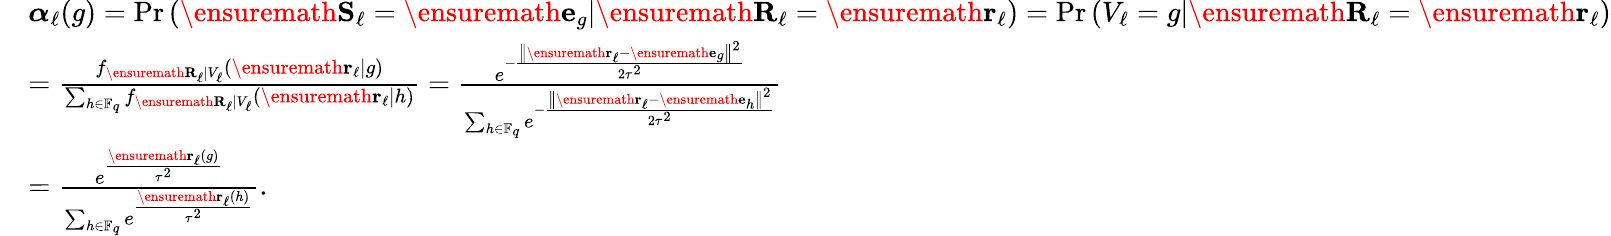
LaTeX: \begin{array}{rl}&{\boldsymbol{\alpha}_{\ell}(g)=\mathrm{Pr}\left(\ensuremath{\mathbf{S}}_{\ell}=\ensuremath{\mathbf{e}}_{g}\middle|\ensuremath{\mathbf{R}}_{\ell}=\ensuremath{\mathbf{r}}_{\ell}\right)=\mathrm{Pr}\left(V_{\ell}=g\middle|\ensuremath{\mathbf{R}}_{\ell}=\ensuremath{\mathbf{r}}_{\ell}\right)}\\ &{=\frac{f_{\ensuremath{\mathbf{R}}_{\ell}|V_{\ell}}\left(\ensuremath{\mathbf{r}}_{\ell}|g\right)}{\sum_{h\in\mathbb{F}_{q}}f_{\ensuremath{\mathbf{R}}_{\ell}|V_{\ell}}\left(\ensuremath{\mathbf{r}}_{\ell}|h\right)}=\frac{e^{-\frac{\left\| \ensuremath{\mathbf{r}}_{\ell}-\ensuremath{\mathbf{e}}_{g}\right\| ^{2}}{2\tau^{2}}}}{\sum_{h\in\mathbb{F}_{q}}e^{-\frac{\left\| \ensuremath{\mathbf{r}}_{\ell}-\ensuremath{\mathbf{e}}_{h}\right\| ^{2}}{2\tau^{2}}}}}\\ &{=\frac{e^{\frac{\ensuremath{\mathbf{r}}_{\ell}(g)}{\tau^{2}}}}{\sum_{h\in\mathbb{F}_{q}}e^{\frac{\ensuremath{\mathbf{r}}_{\ell}(h)}{\tau^{2}}}}.}\end{array}